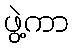
ဖွဲ့ကာ